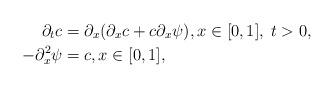
LaTeX: \begin{align*} \partial_t c & = \partial_x(\partial_x c + c \partial_x \psi), x\in [0, 1], \;t>0, \\- \partial_x^2 \psi & = c , x\in [0, 1],\end{align*}